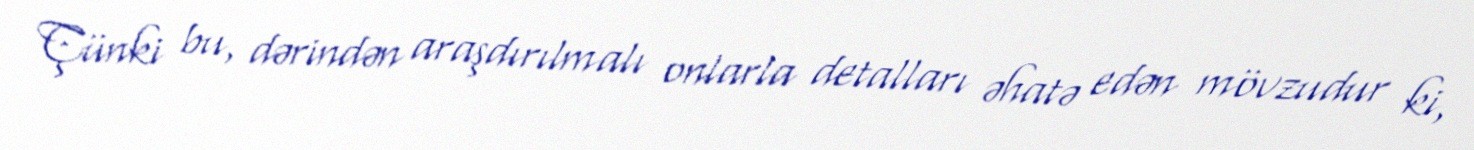
Çünki bu, dərindən araşdırılmalı onlarla detalları əhatə edən mövzudur ki,